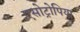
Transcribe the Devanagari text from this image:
एसोट्रोपिया